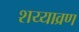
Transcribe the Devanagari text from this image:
शय्याव्रण